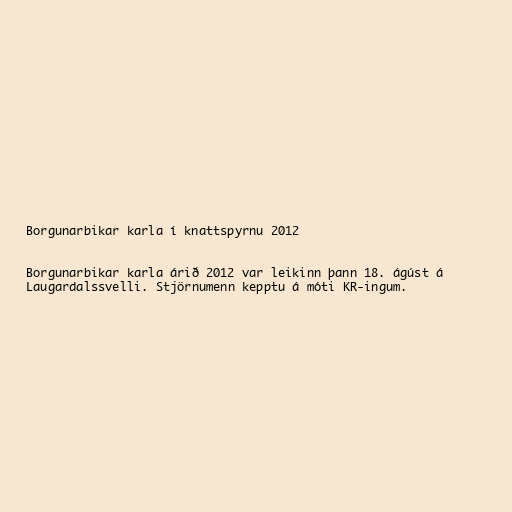
Borgunarbikar karla í knattspyrnu 2012

Borgunarbikar karla árið 2012 var leikinn þann 18. ágúst á
Laugardalssvelli. Stjörnumenn kepptu á móti KR-ingum.